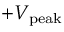
+ V _ { \mathrm { p e a k } }